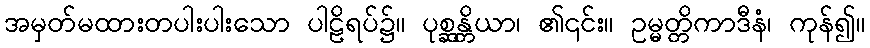
အမှတ်မထားတပါးပါးသော ပါဠိရပ်၌။ ပုစ္ဆန္တိယာ၊ ၏၎င်း။ ဥမ္မတ္တိကာဒီနံ၊ ကုန်၍။